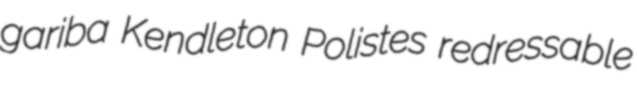
gariba Kendleton Polistes redressable